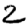
Digit: 2